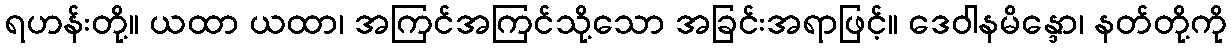
ရဟန်းတို့။ ယထာ ယထာ၊ အကြင်အကြင်သို့သော အခြင်းအရာဖြင့်။ ဒေဝါနမိန္ဒော၊ နတ်တို့ကို